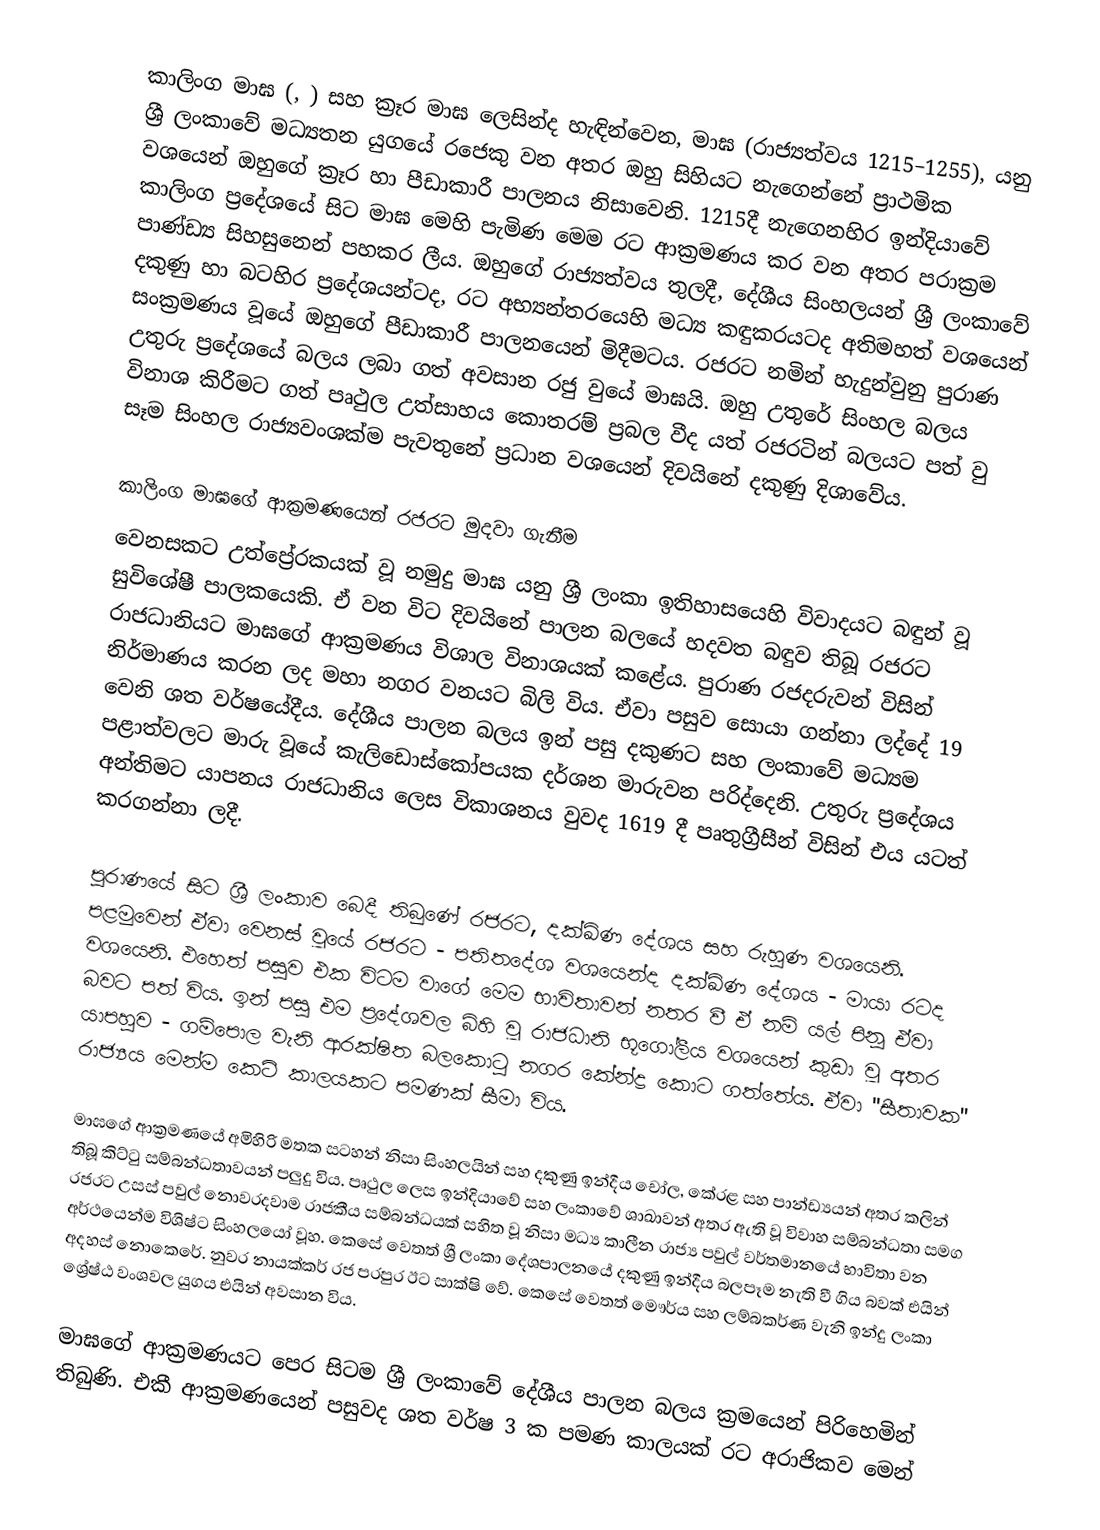
කාලිංග මාඝ (, ) සහ ක්‍රෑර මාඝ ලෙසින්ද හැඳින්වෙන, මාඝ (රාජ්‍යත්වය 1215–1255), යනු ශ්‍රී ලංකාවේ මධ්‍යතන යුගයේ රජෙකු වන අතර ඔහු සිහියට නැගෙන්නේ ප්‍රාථමික වශයෙන් ඔහුගේ ක්‍රෑර හා පීඩාකාරී පාලනය නිසාවෙනි. 1215දී නැගෙනහිර ඉන්දියාවේ කාලිංග ප්‍රදේශයේ සිට මාඝ මෙහි පැමිණ මෙම රට ආක්‍රමණය කර වන අතර  පරාක්‍රම පාණ්ඩ්‍ය සිහසුනෙන් පහකර ලීය. ඔහුගේ රාජ්‍යත්වය තුලදී, දේශීය සිංහලයන් ශ්‍රී ලංකාවේ දකුණු හා බටහිර ප්‍රදේශයන්ටද, රට අභ්‍යන්තරයෙහි මධ්‍ය කඳුකරයටද  අතිමහත් වශයෙන් සංක්‍රමණය වූයේ ඔහුගේ පීඩාකාරී පාලනයෙන් මිදීමටය.  රජරට නමින් හැදුන්වුනු පුරාණ උතුරු ප්‍රදේශයේ බලය ලබා ගත් අවසාන රජු වුයේ මාඝයි. ඔහු උතුරේ සිංහල බලය විනාශ කිරීමට ගත් පෘථුල උත්සාහය කොතරම් ප්‍රබල වීද යත් රජරටින් බලයට පත් වු සෑම සිංහල රාජ්‍යවංශක්ම පැවතුනේ ප්‍රධාන වශයෙන් දිවයිනේ දකුණු දිශාවේය.

කාලිංග මාඝගේ ආක්‍රමණයෙන් රජරට මුදවා ගැනීම
වෙනසකට උත්ප්‍රේරකයක් වූ නමුදු මාඝ යනු ශ්‍රී ලංකා ඉතිහාසයෙහි විවාදයට බඳුන් වූ සුවිශේෂී පාලකයෙකි. ඒ වන විට දිවයිනේ පාලන බලයේ හදවත බඳුව තිබූ රජරට රාජධානියට මාඝගේ ආක්‍රමණය විශාල විනාශයක් කළේය. පුරාණ රජදරුවන් විසින් නිර්මාණය කරන ලද මහා නගර වනයට බිලි විය. ඒවා පසුව සොයා ගන්නා ලද්දේ 19 වෙනි ශත වර්ෂයේදීය. දේශීය පාලන බලය ඉන් පසු දකුණට සහ ලංකාවේ මධ්‍යම පළාත්වලට මාරු වූයේ කැලිඩොස්කෝපයක දර්ශන මාරුවන පරිද්දෙනි. උතුරු ප්‍රදේශය අන්තිමට යාපනය රාජධානිය ලෙස විකාශනය වුවද 1619 දී පෘතුග්‍රීසීන් විසින් එය යටත් කරගන්නා ලදී.

පුරාණයේ සිට ශ්‍රී ලංකාව බෙදී තිබුණේ රජරට, දක්ඛිණ දේශය සහ රුහුණ වශයෙනි. පළමුවෙන් ඒවා වෙනස් වූයේ රජරට - පතිතදේශ වශයෙන්ද දක්ඛිණ දේශය - මායා රටද වශයෙනි. එහෙත් පසුව එක විටම වාගේ මෙම භාවිතාවන් නතර වී ඒ නම් යල් පිනූ ඒවා බවට පත් විය. ඉන් පසු එම ප්‍රදේශවල බිහි වූ රාජධානි භූගෝලීය වශයෙන් කුඩා වූ අතර යාපහුව - ගම්පොල වැනි ආරක්ෂිත බලකොටු නගර කේන්ද්‍ර කොට ගත්තේය. ඒවා "සීතාවක" රාජ්‍යය මෙන්ම කෙටි කාලයකට පමණක් සීමා විය.

මාඝගේ ආක්‍රමණයේ අමිහිරි මතක සටහන් නිසා සිංහලයින් සහ දකුණු ඉන්දීය චෝල, කේරළ සහ පාන්ඩ්‍යයන් අතර කලින් තිබූ කිට්ටු සම්බන්ධතාවයන් පලුදු විය. පෘථුල ලෙස ඉන්දියාවේ සහ ලංකාවේ ශාඛාවන් අතර ඇති වූ විවාහ සම්බන්ධතා සමග රජරට උසස් පවුල් නොවරදවාම රාජකීය සම්බන්ධයක් සහිත වූ නිසා මධ්‍ය කාලීන රාජ්‍ය පවුල් වර්තමානයේ භාවිතා වන අර්ථයෙන්ම විශිෂ්ට සිංහලයෝ වූහ. කෙසේ වෙතත් ශ්‍රී ලංකා දේශපාලනයේ දකුණු ඉන්දීය බලපෑම නැති වී ගිය බවක් එයින් අදහස් නොකෙරේ. නුවර නායක්කර් රජ පරපුර ඊට සාක්ෂි වේ. කෙසේ වෙතත් මෞර්ය සහ ලම්බකර්ණ වැනි ඉන්දු ලංකා ශ්‍රේෂ්ඨ වංශවල යුගය එයින් අවසාන විය.

මාඝගේ ආක්‍රමණයට පෙර සිටම ශ්‍රී ලංකාවේ දේශීය පාලන බලය ක්‍රමයෙන් පිරිහෙමින් තිබුණි. එකී ආක්‍රමණයෙන් පසුවද ශත වර්ෂ 3 ක පමණ කාලයක් රට අරාජිකව මෙන්